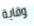
وقاية